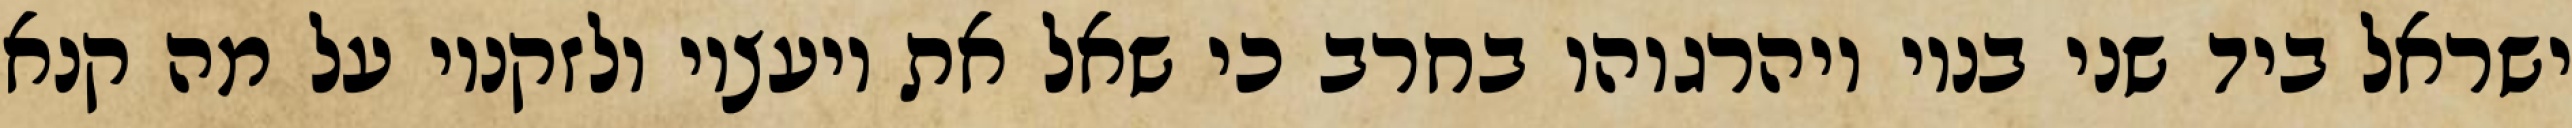
ישראל ביד שני בניו ויהרגוהו בחרב כי שאל את יועציו ולזקניו על מה קנא